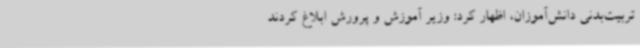
تربیت‌بدنی دانش‌آموزان، اظهار کرد: وزیر آموزش و پرورش ابلاغ کردند